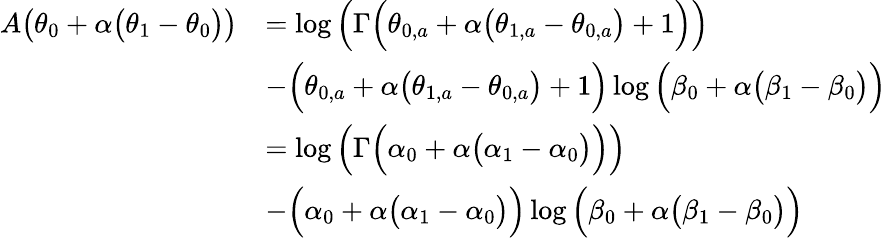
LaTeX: \begin{array}{rl}{A\big(\theta_{0}+\alpha\big(\theta_{1}-\theta_{0}\big)\big)}&{=\log\Big(\Gamma\Big(\theta_{0,a}+\alpha\big(\theta_{1,a}-\theta_{0,a}\big)+1\Big)\Big)}\\ &{-\Big(\theta_{0,a}+\alpha\big(\theta_{1,a}-\theta_{0,a}\big)+1\Big)\log\Big(\beta_{0}+\alpha\big(\beta_{1}-\beta_{0}\big)\Big)}\\ &{=\log\Big(\Gamma\Big(\alpha_{0}+\alpha\big(\alpha_{1}-\alpha_{0}\big)\Big)\Big)}\\ &{-\Big(\alpha_{0}+\alpha\big(\alpha_{1}-\alpha_{0}\big)\Big)\log\Big(\beta_{0}+\alpha\big(\beta_{1}-\beta_{0}\big)\Big)}\end{array}